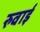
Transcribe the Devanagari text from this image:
रुवाई